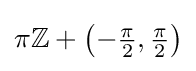
\pi \mathbb {Z} +{\bigl (}{-{\tfrac {\pi }{2}}},{\tfrac {\pi }{2}}{\bigr )}